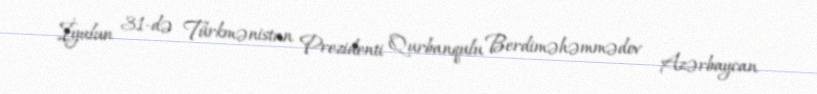
İyulun 31-də Türkmənistan Prezidenti Qurbanqulu Berdiməhəmmədov Azərbaycan